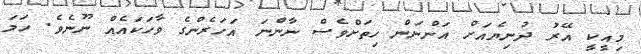
މިއީކީ އޭރު ދުނިޔެއަށް އަންނަން ހިތަށްވެސް ނާންނަ އަހަރެންގެ ވާހަކައެއް ނޫނެވެ. ހަމަ